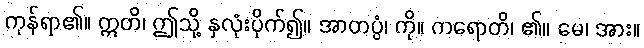
ကုန်ရာ၏။ ဣတိ၊ ဤသို့ နှလုံးပိုက်၍။ အာတပ္ပံ၊ ကို။ ကရောတိ၊ ၏။ မေ၊ အား။